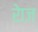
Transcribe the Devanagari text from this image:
रेाज